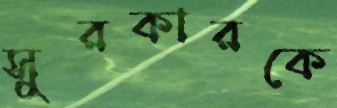
সুরকারকে